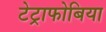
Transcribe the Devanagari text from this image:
टेट्राफोबिया